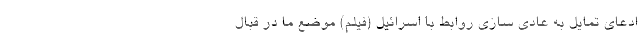
ادعای تمایل به عادی سازی روابط با اسرائیل (فیلم) موضع ما در قبال